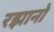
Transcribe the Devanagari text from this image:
रझानो